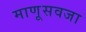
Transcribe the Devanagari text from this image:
माणूसवजा